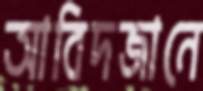
আবিদজানে